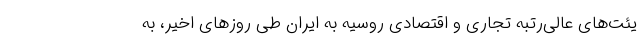
یئت‌های عالی‌رتبه تجاری و اقتصادی روسیه به ایران طی روزهای اخیر، به